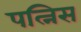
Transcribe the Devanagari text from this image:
पत्निस